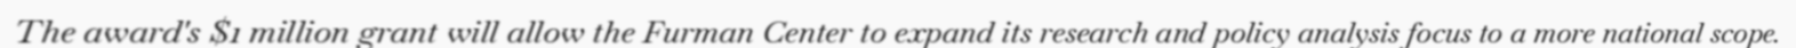
The award's $1 million grant will allow the Furman Center to expand its research and policy analysis focus to a more national scope.